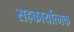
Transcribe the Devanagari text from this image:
सहकार्यात्मक